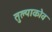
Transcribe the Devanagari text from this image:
तुल्याकोव